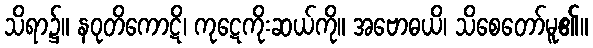
သိရာ၌။ နဝုတိကောဋိ၊ ကုဋေကိုးဆယ်ကို။ အဗောဓယိ၊ သိစေတော်မူ၏။